Report of the Indian Hemp Drugs Commission, 1894-1895 - Volume V
Year: 1894
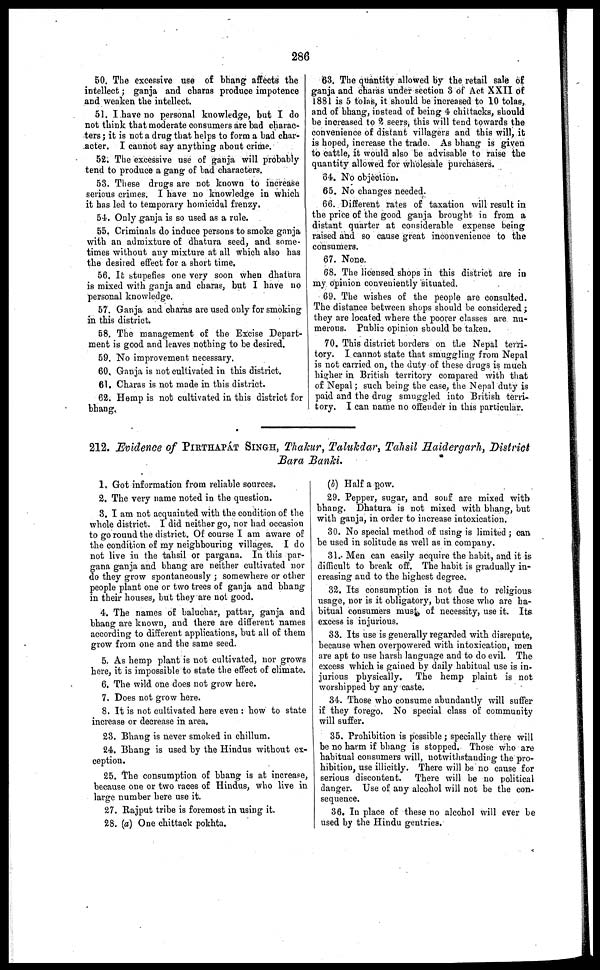
286
50. The excessive use of bhang affects the
intellect; ganja and charas produce impotence
and weaken the intellect.
51. I have no personal knowledge, but I do
not think that moderate consumers are bad charac-
ters ; it is not a drug that helps to form a bad char-
acter. I cannot say anything about crime.
52. The excessive use of ganja will probably
tend to produce a gang of bad characters.
53. These drugs are not known to increase
serious crimes. I have no knowledge in which
it has led to temporary homicidal frenzy.
54. Only ganja is so used as a rule.
55. Criminals do induce persons to smoke ganja
with an admixture of dhatura seed, and some-
times without any mixture at all which also has
the desired effect for a short time.
56. It stupefies one very soon when dhatura
is mixed with ganja and charas, but I have no
personal knowledge.
57. Ganja and charas are used only for smoking
in this district.
58. The management of the Excise Depart-
ment is good and leaves nothing to be desired.
59. No improvement necessary.
60. Ganja is not cultivated in this district.
61. Charas is not made in this district.
62. Hemp is nob cultivated in this district for
bhang.
63. The quantity allowed by the retail sale of
ganja and charas under section 3 of Act XXII of
1881 is 5 tolas, it should be increased to 10 tolas,
and of bhang, instead of being 4 chittacks, should
be increased to 2 seers, this will tend towards the
convenience of distant villagers and this will, it
is hoped, increase the trade. As bhang is given
to cattle, it would also be advisable to raise the
quantity allowed for wholesale purchasers.
34. No objection.
65. No changes needed.
66. Different rates of taxation will result in
the price of the good ganja brought in from a
distant quarter at considerable expense being
raised and so cause great inconvenience to the
consumers.
67. None.
68. The licensed shops in this district are in
my opinion conveniently situated.
69. The wishes of the people are consulted.
The distance between shops should be considered ;
they are located where the poorer classes are nu-
merous. Public opinion should be taken.
70. This district borders on the Nepal terri-
tory. I cannot state that smuggling from Nepal
is not carried on, the duty of these drugs is much
higher in British territory compared with that
of Nepal; such being the case, the Nepal duty is
paid and the drug smuggled into British terri-
tory. I can name no offender in this particular.
212. Evidence of PIRTHAPAT SINGH, Thakur, Talukdar, Tahsil Haidergarh, District
Bara Banki.
1. Got information from reliable sources.
2. The very name noted in the question.
3. I am not acquainted with the condition of the
whole district. I did neither go, nor had occasion
to go round the district. Of course I am aware of
the condition of my neighbouring villages. I do
not live in the tahsil or pargana. In this par-
gana ganja and bhang are neither cultivated nor
do they grow spontaneously ; somewhere or other
people plant one or two trees of ganja and bhang
in their houses, but they are not good.
4. The names of baluchar, pattar, ganja and
bhang are known, and there are different names
according to different applications, but all of them
grow from one and the same seed.
5. As hemp plant is not cultivated, nor grows
here, it is impossible to state the effect of climate.
6. The wild one does not grow here.
7. Does not grow here.
8. It is not cultivated here even : how to state
increase or decrease in area.
23. Bhang is never smoked in chillum.
24. Bhang is used by the Hindus without ex-
ception.
25. The consumption of bhang is at increase,
because one or two races of Hindus, who live in
large number here use it.
27. Rajput tribe is foremost in using it.
28. (a) One chittack pokhta.
(b) Half a pow.
29. Pepper, sugar, and souf are mixed with
bhang. Dhatura is not mixed with bhang, but
with ganja, in order to increase intoxication.
30. No special method of using is limited ; can
be used in solitude as well as in company,
31. Men can easily acquire the habit, and it is
difficult to break off. The habit is gradually in-
creasing and to the highest degree.
32. Its consumption is not due to religious
usage, nor is it obligatory, but those who are ha-
bitual consumers must, of necessity, use it. Its
excess is injurious.
33. Its use is generally regarded with disrepute,
because when overpowered with intoxication, men
are apt to use harsh language and to do evil. The
excess which is gained by daily habitual use is in-
jurious physically. The hemp plaint is not
worshipped by any caste.
34. Those who consume abundantly will suffer
if they forego. No special class of community
will suffer.
35. Prohibition is possible ; specially there will
be no harm if bhang is stopped. Those who are
habitual consumers will, notwithstanding the pro-
hibition, use illicitly. There will be no cause for
serious discontent. There will be no political
danger. Use of any alcohol will not be the con-
sequence.
36. In place of these no alcohol will ever be
used by the Hindu gentries.